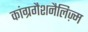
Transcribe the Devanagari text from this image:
कांग्रगैशनैलिज़्म